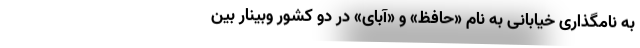
به نامگذاری خیابانی به نام «حافظ» و «آبای» در دو کشور وبینار بین‌